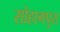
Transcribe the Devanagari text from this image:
सोहागपुरा